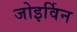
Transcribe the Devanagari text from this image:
जोइर्विन